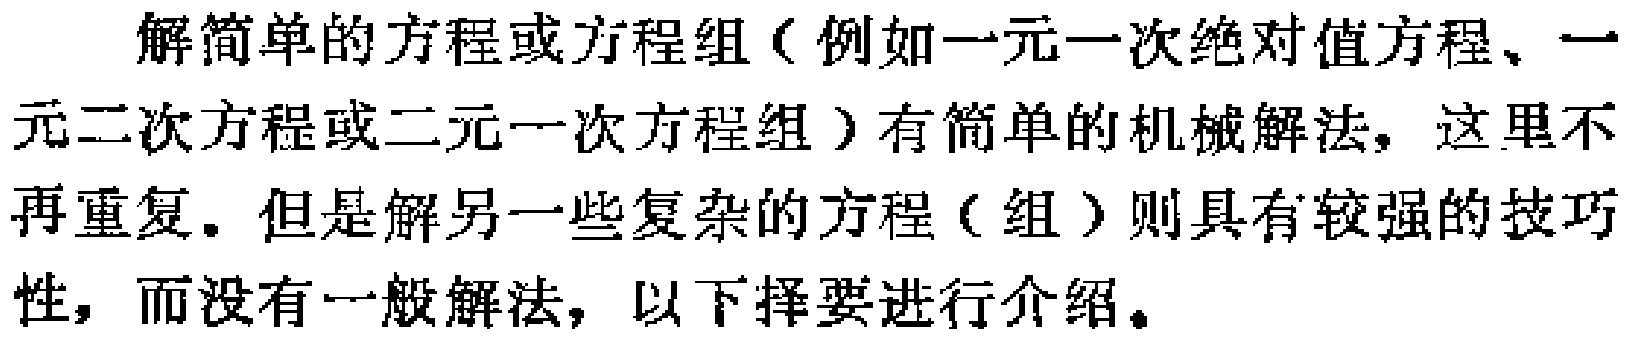
解简单的方程或方程组（例如一元一次绝对值方程、一元二次方程或二元一次方程组）有简单的机械解法，这里不再重复。但是解另一些复杂的方程（组）则具有较强的技巧性，而没有一般解法，以下择要进行介绍。